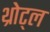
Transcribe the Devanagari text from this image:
थ्रोट्ल